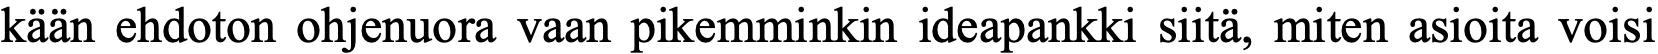
kään ehdoton ohjenuora vaan pikemminkin ideapankki siitä, miten asioita voisi